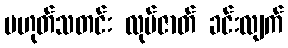
မဟုတ်သတင်း လုပ်ဇာတ် ခင်းလျက်